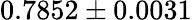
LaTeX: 0.7852\pm 0.0031